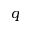
q